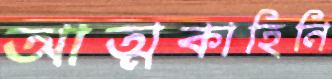
আত্মকাহিনি